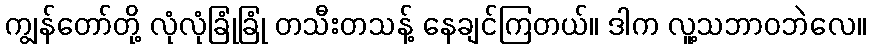
ကျွန်တော်တို့ လုံလုံခြုံခြုံ တသီးတသန့် နေချင်ကြတယ်။ ဒါက လူ့သဘာဝဘဲလေ။